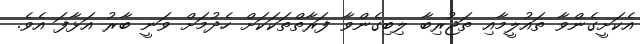
އެކަށީގެންވާ ތައުލީމާއި ތަޖުރިބާ ލިބިގެންވާ ފަރާތްތަކަކަށް ހެދުމަށް ވަނީ ބާރު އަޅާފަ އެވެ.